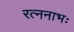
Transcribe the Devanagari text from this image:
रत्ननाभः